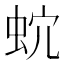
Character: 𧉡